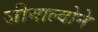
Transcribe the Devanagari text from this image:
जीवाल्दोने